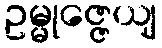
ဥမ္မုဇ္ဇေယျ